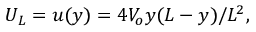
\begin{array} { r } { U _ { L } = u ( y ) = 4 V _ { o } y ( L - y ) / L ^ { 2 } , } \end{array}